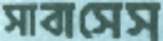
সাবাসেস